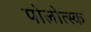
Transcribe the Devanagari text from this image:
पोलोत्स्क